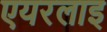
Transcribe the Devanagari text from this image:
एयरलाइ